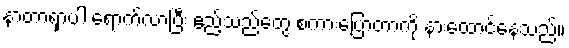
နာတာရှာပါ ရောက်လာပြီး ဧည့်သည်တွေ စကားပြောတာကို နားထောင်နေသည်။